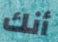
أنك